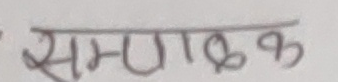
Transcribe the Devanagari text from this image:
सम्पादक